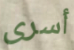
أسرى